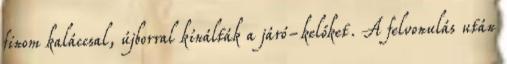
finom kaláccsal, újborral kínálták a járó-kelőket. A felvonulás után